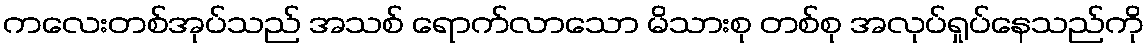
ကလေးတစ်အုပ်သည် အသစ် ရောက်လာသော မိသားစု တစ်စု အလုပ်ရှုပ်နေသည်ကို